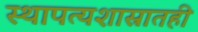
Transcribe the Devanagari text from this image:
स्थापत्यशास्रातही